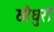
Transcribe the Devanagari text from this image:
छौधुरी